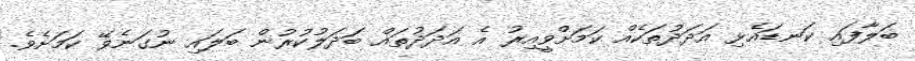
ބަލާފައި ކަނޑައެޅި އަދަދުތަކެއް ކަމަށްވީއިރު އެ އަދަދުތައް ބަދަލުކުރުން ބަލައި ނުގަނެވޭ ކަމަށެވެ.